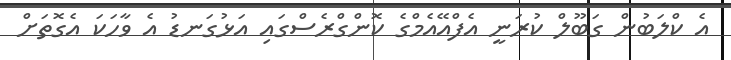
އެ ކްލަބުން ގަބޫލް ކުރަނީ އެފްއޭއެމްގެ ކޮންގްރެސްގައި އަޅުގަނޑު އެ ވާހަކަ އެގޮތަށް